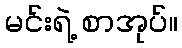
မင်းရဲ့ စာအုပ်။